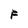
Character: F